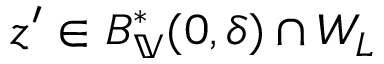
z ^ { \prime } \in B _ { \mathbb { V } } ^ { * } ( 0 , \delta ) \cap W _ { L }